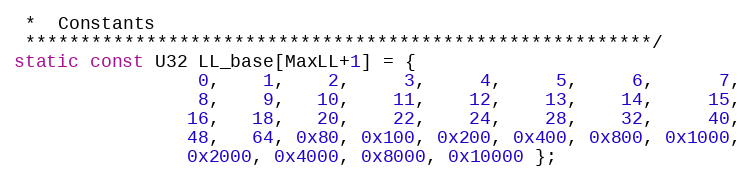
Language: C
 *  Constants
 *********************************************************/
static const U32 LL_base[MaxLL+1] = {
                 0,    1,    2,     3,     4,     5,     6,      7,
                 8,    9,   10,    11,    12,    13,    14,     15,
                16,   18,   20,    22,    24,    28,    32,     40,
                48,   64, 0x80, 0x100, 0x200, 0x400, 0x800, 0x1000,
                0x2000, 0x4000, 0x8000, 0x10000 };